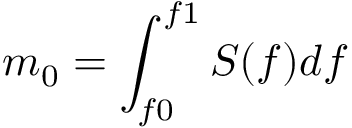
m _ { 0 } = \int _ { f 0 } ^ { f 1 } S ( f ) d f